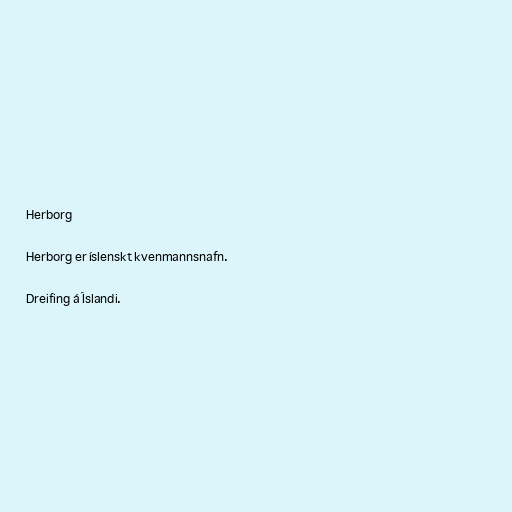
Herborg

Herborg er íslenskt kvenmannsnafn.

Dreifing á Íslandi.